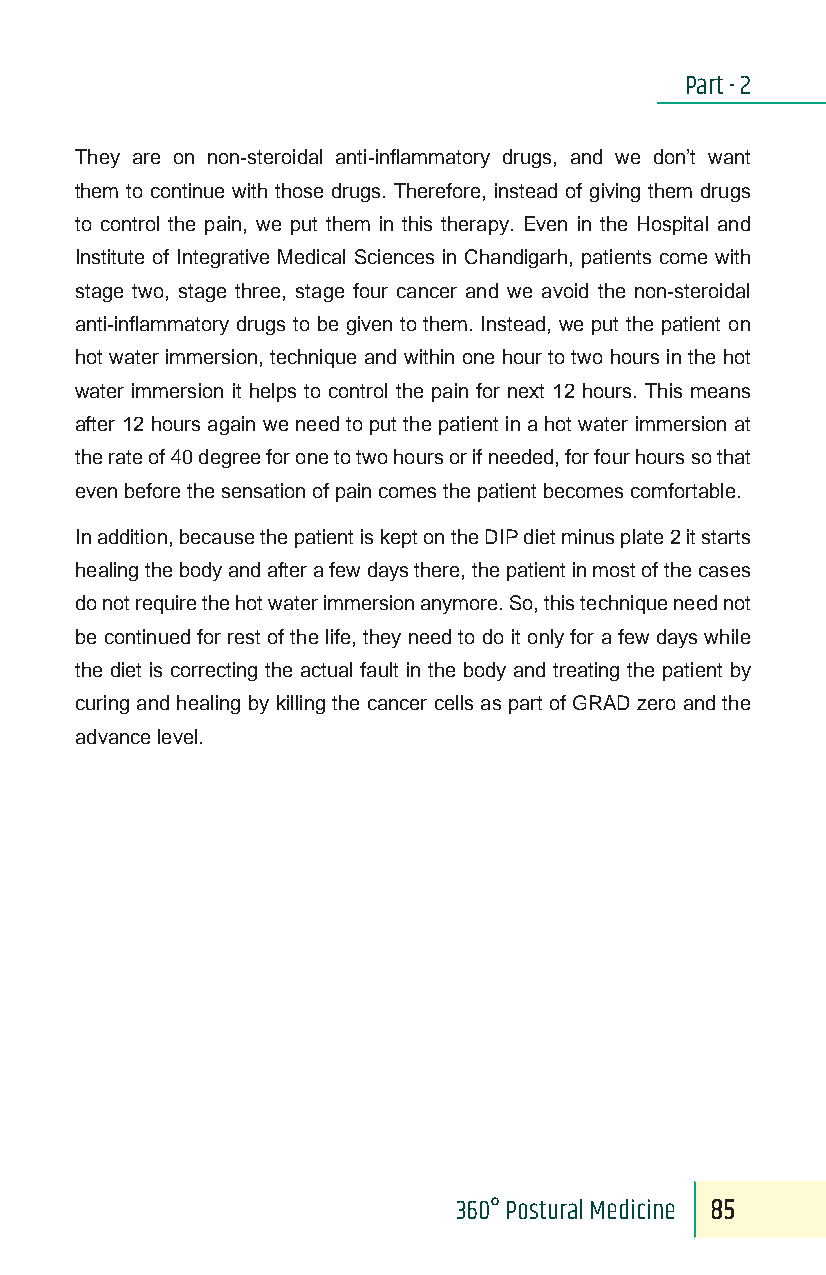
Part - 2
 They are on non-steroidal anti-inflammatory drugs, and we don’t want
 them to continue with those drugs. Therefore, instead of giving them drugs
 to control the pain, we put them in this therapy. Even in the Hospital and
 Institute of Integrative Medical Sciences in Chandigarh, patients come with
 stage two, stage three, stage four cancer and we avoid the non-steroidal
 anti-inflammatory drugs to be given to them. Instead, we put the patient on
 hot water immersion, technique and within one hour to two hours in the hot
 water immersion it helps to control the pain for next 12 hours. This means
 after 12 hours again we need to put the patient in a hot water immersion at
 the rate of 40 degree for one to two hours or if needed, for four hours so that
 even before the sensation of pain comes the patient becomes comfortable.
 In addition, because the patient is kept on the DIP diet minus plate 2 it starts
 healing the body and after a few days there, the patient in most of the cases
 do not require the hot water immersion anymore. So, this technique need not
 be continued for rest of the life, they need to do it only for a few days while
 the diet is correcting the actual fault in the body and treating the patient by
 curing and healing by killing the cancer cells as part of GRAD zero and the
 advance level.
 360° Postural Medicine 85